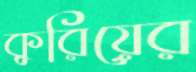
কুরিয়ের